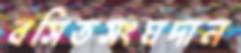
বসিতসংঘদান